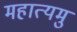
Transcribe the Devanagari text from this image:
महात्यमु